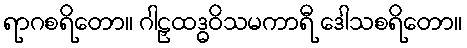
ရာဂစရိတော။ ဂါဠှထဒ္ဓဝိသမကာရီ ဒေါသစရိတော။